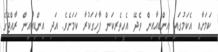
ކަމަށާއި އެކަމުގައި އިންޑިއާއިން ވެދޭ އެހީތެރިކަން ފާހަގަކުރާ ކަމަށެވެ. އަދި އިންޑިއާއިން ރާއްޖޭގެ